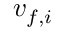
v _ { f , i }